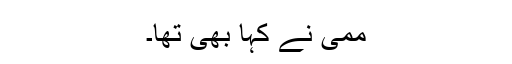
ممی نے کہا بھی تھا۔